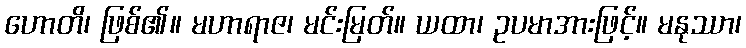
ဟောတိ၊ ဖြစ်၏။ မဟာရာဇ၊ မင်းမြတ်။ ယထာ၊ ဥပမာအားဖြင့်။ မနုဿာ၊